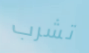
تشرب